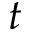
t